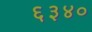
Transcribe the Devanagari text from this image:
६३४०